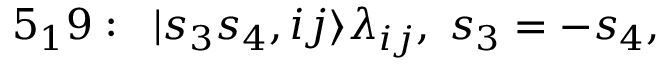
5 _ { 1 } 9 : \; \; | s _ { 3 } s _ { 4 } , i j \rangle \lambda _ { i j } , \; s _ { 3 } = - s _ { 4 } ,